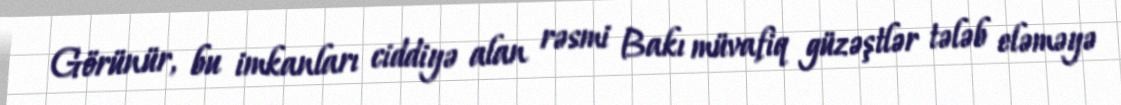
Görünür, bu imkanları ciddiyə alan rəsmi Bakı müvafiq güzəştlər tələb eləməyə